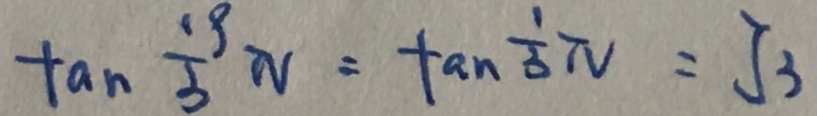
\tan \frac { 1 9 } { 3 } N = \tan \frac { 1 } { 3 } \pi = \sqrt { 3 }